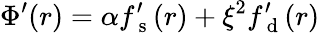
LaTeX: \Phi^{\prime}(r)=\alpha f_{\mathrm{~s~}}^{\prime}(r)+\xi^{2}f_{\mathrm{~d~}}^{\prime}(r)